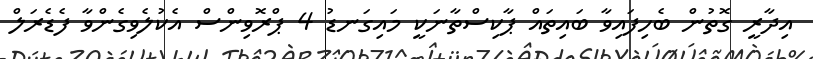
އިދާރީ ގޮތުން ބެހިފައިވާ ބައިތައް ޕާކިސްތާނަކީ މައިގަނޑު 4 ޕްރޮވިންސް އެކުލެވިގެންވާ ފެޑެރަލް